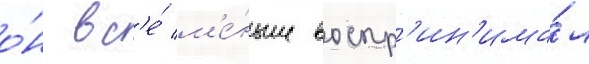
о́н вс'е́ м'е́ньше воспр'ин'има́л